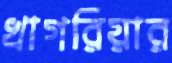
খাগরিয়ার